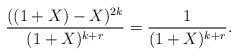
LaTeX: \begin{align*}\frac {( (1+X) - X)^{2k} } {(1 + X)^{k+r}} = \frac { 1 } {(1+X)^{k+r}}.\end{align*}